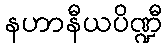
နဟာနီယပိဏ္ဍီ